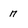
Character: n